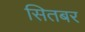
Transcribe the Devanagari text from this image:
सितबर